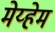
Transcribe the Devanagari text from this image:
मेय्हेम